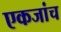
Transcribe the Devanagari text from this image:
एकजांच